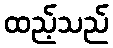
ထည့်သည်